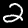
Label: 2